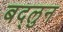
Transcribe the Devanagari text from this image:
बद्लुन